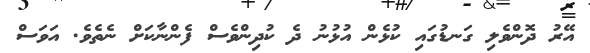
އޭރު ދޮންވެލި ގަނޑުގައި ކުޅެން އުޅުނު ދެ ކުދިންވެސް ފެންނާކަށް ނެތެވެ. އަވަސް